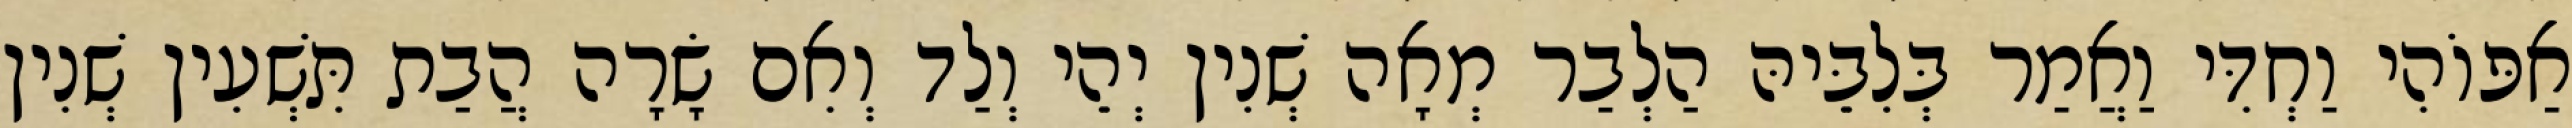
אַפּוֹהִי וַחְדִּי וַאֲמַר בְּלִבֵּיהּ הַלְבַר מְאָה שְׁנִין יְהֵי וְלַד וְאִם שָׂרָה הֲבַת תִּשְׁעִין שְׁנִין